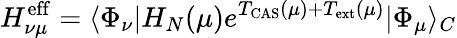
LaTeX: H_{\nu\mu}^{\mathrm{eff}}=\langle\Phi_{\nu}|H_{N}(\mu)e^{T_{\mathrm{CAS}}(\mu)+T_{\mathrm{ext}}(\mu)}|\Phi_{\mu}\rangle_{C}